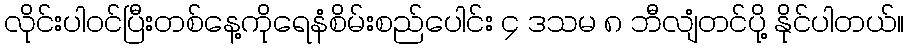
လိုင်းပါဝင်ပြီးတစ်နေ့ကိုရေနံစိမ်းစည်ပေါင်း ၄ ဒသမ ၈ ဘီလျံတင်ပို့ နိုင်ပါတယ်။